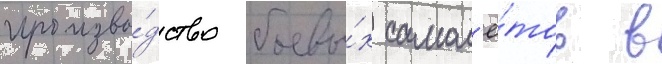
произво́дство боевы́х самол'ё́тов в